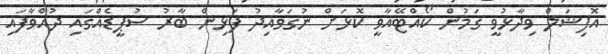
އޮފިޝަލް ވިދާޅުވީ ގަމުން ކޯއްޓޭއާވީ ކޮޅަށް ނުގަވާއިދު ފަޅިން ބާރު ސުޕީޑެއްގައި ދުއްވާފައި